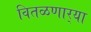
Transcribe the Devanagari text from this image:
वितळणार्‍या